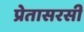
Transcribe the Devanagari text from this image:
प्रेतासरसी